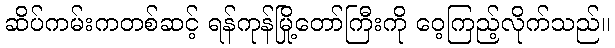
ဆိပ်ကမ်းကတစ်ဆင့် ရန်ကုန်မြို့တော်ကြီးကို ဝေ့ကြည့်လိုက်သည်။